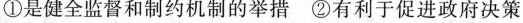
①是健全监督和制约机制的举措②有利于促进政府决策